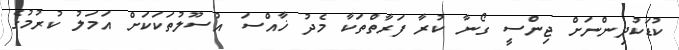
ކުޑަކުދިންނަށް ޖިންސީ ގޯނާ ކުރާ ފަރާތްތަކާ މެދު ޚާއްސަ އުސޫލުތަކަކަށް އަމަލު ކުރުމުގެ